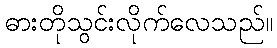
ဓားတိုသွင်းလိုက်လေသည်။